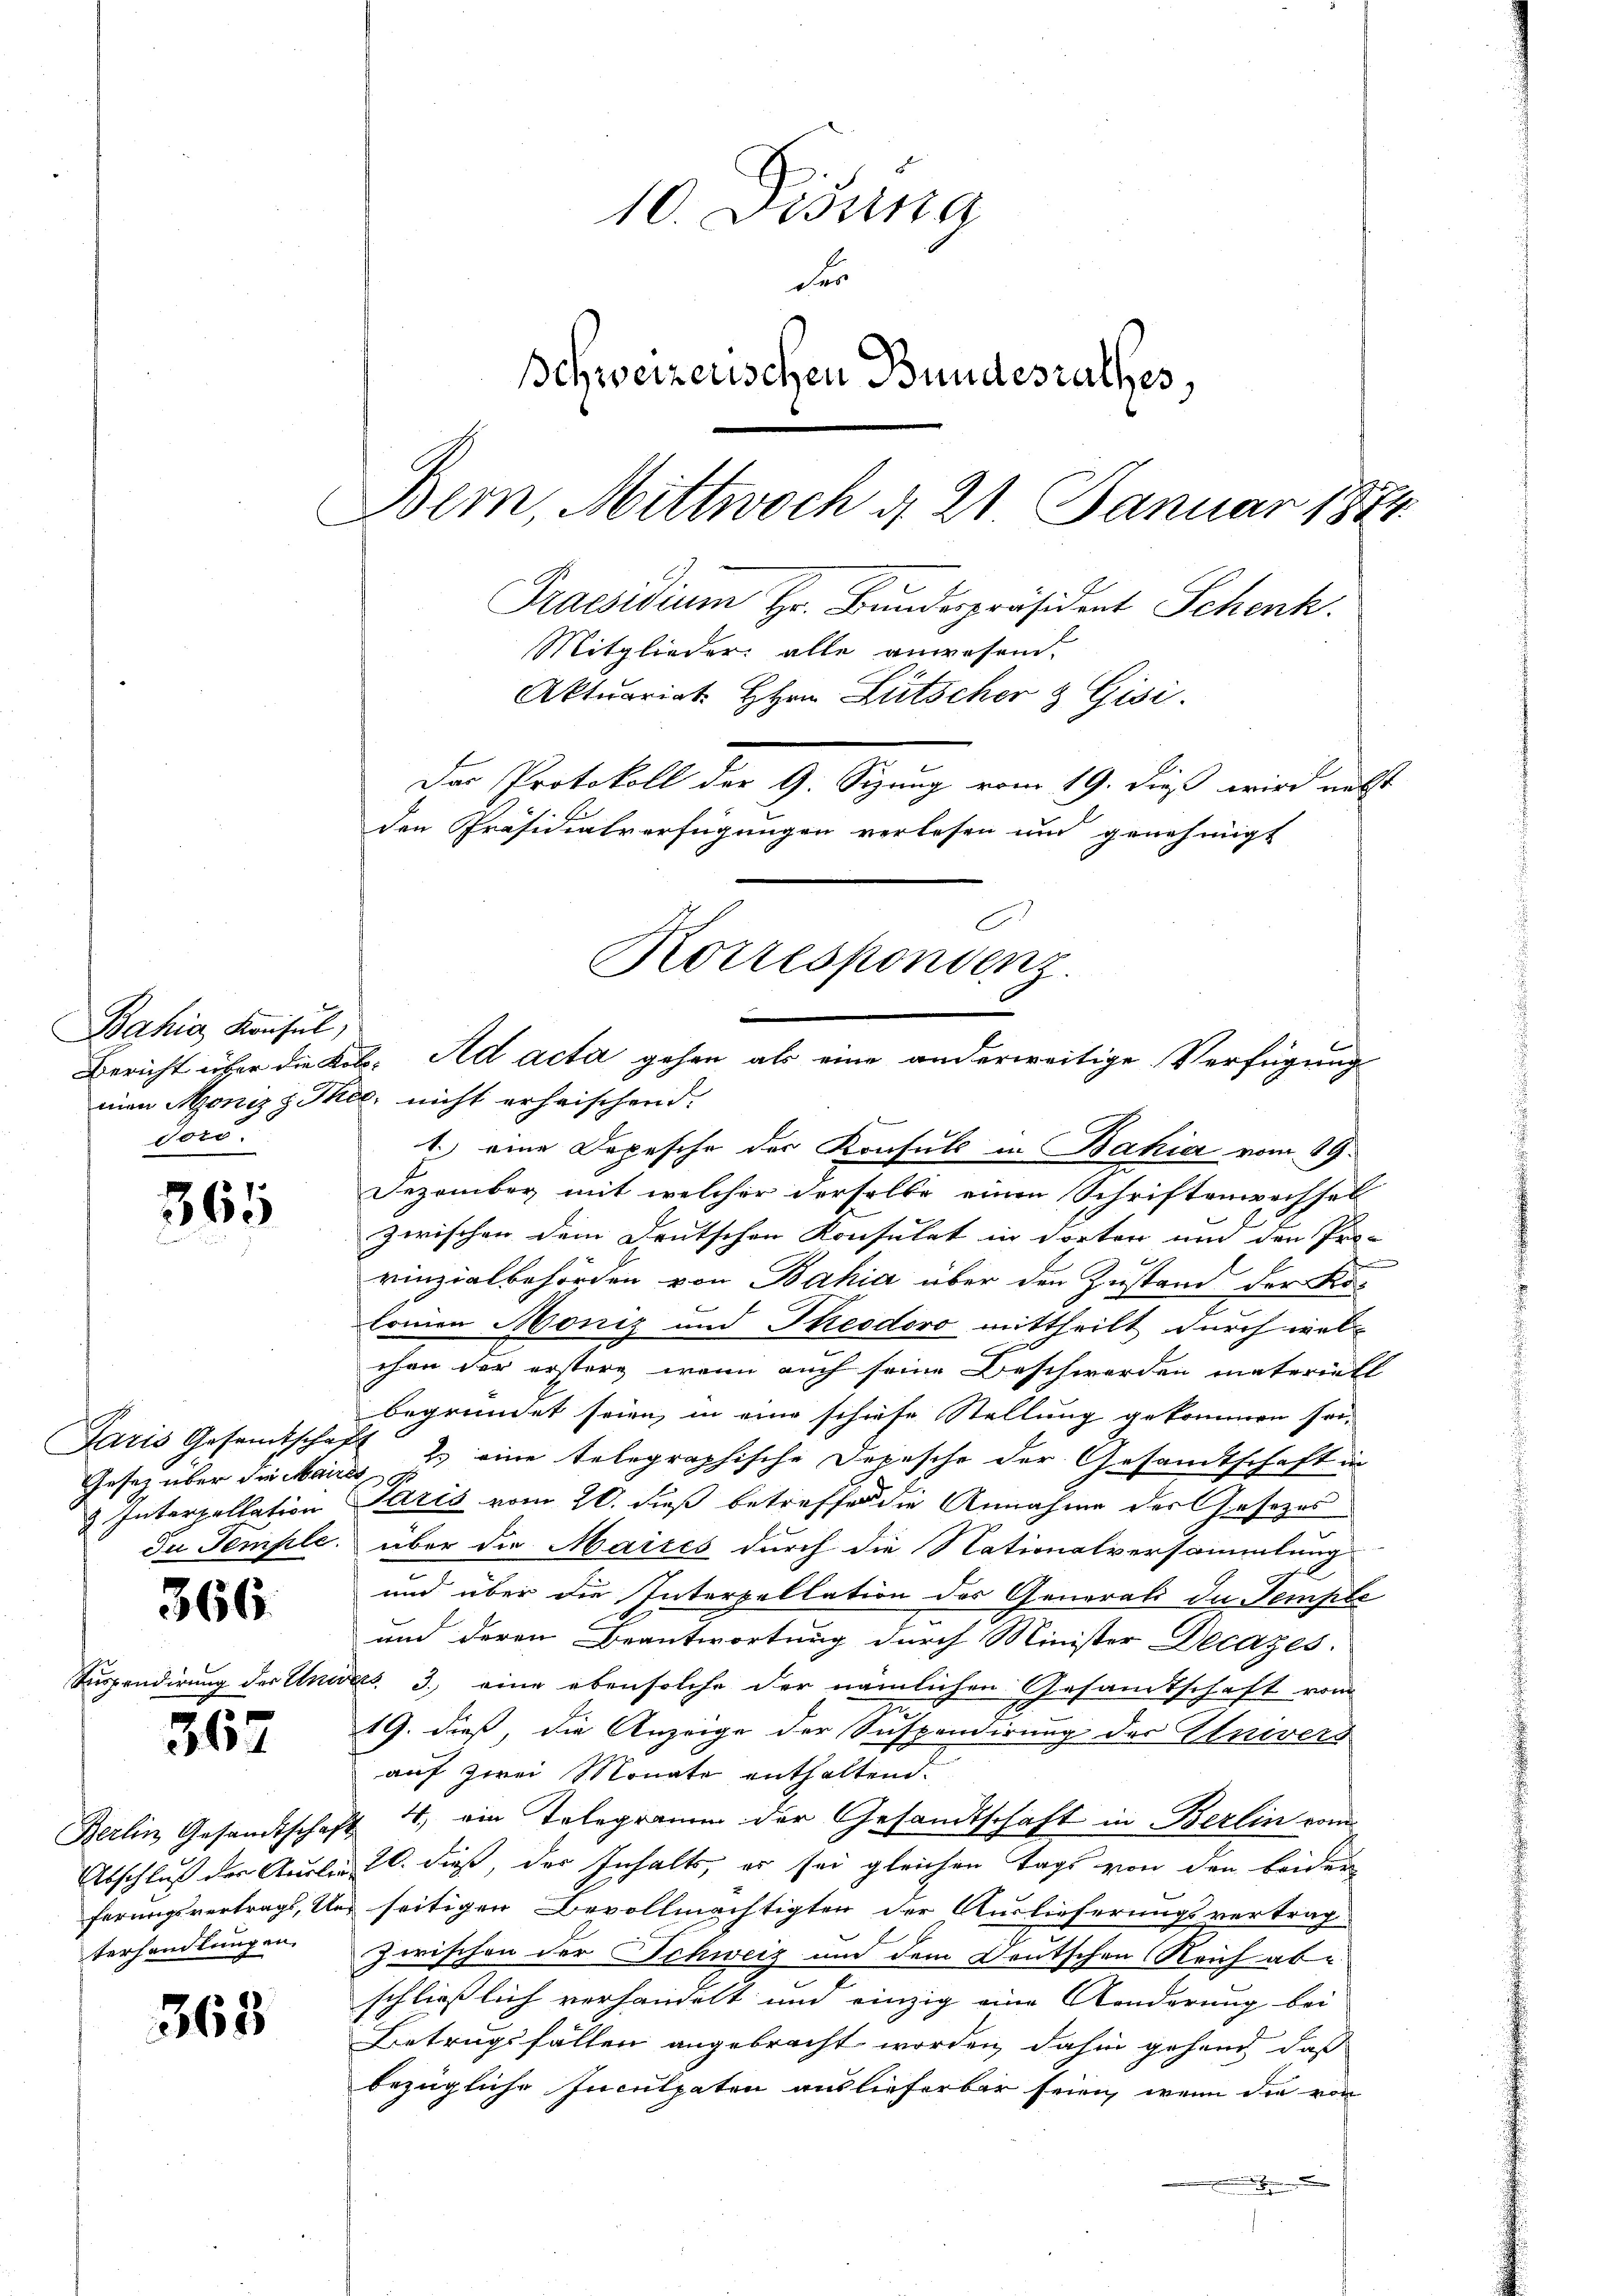
Bahia Konsul,
dors.

K

365

Gesetz über die Maires

366.

d

367

terhandlungen.

363

10. Disena
der
Schweizerischen Bundesrathes,
Bem, Mittwoch d. 21. Januar 1874

Praesidium Hr. Bundespräsident Schenk.
Mitglieder alle anwesen.
Aktuariat. Hrn. Lütscher & Gisi
Das Protokoll der G. Sizung vom 19. dieß wird nebst
den Präsidialverfügungen verlesen und genehmigt
Korrespondenz.
Bericht über die Kob. Ad acta gehen als eine anderweitige Verfügung

men Moniz z Thee, nicht erheischend.
1. eine Depesche der Konsuls in Bahia vom 19.
Dezember mit welcher derselbe einen Schriftenwechsel
zwischen dem Deutschen Konsulat in dorten und den Pro-
rinzialbehörden von Bahia über den Zustand der Kor-
Commen Monis und Theodoro mittheilt durch wel
chen der erstere, wenn auch seine Beschwerden materiell
begründet seien, in eine schiese Stellung gekommen sei,
Paris Gesamtschaft 2. eine telegraphische Depesche der Gesandtschaft in
2. Interpellation Paris vom 20. dieß betreffen die Annahme der Gesezes
Du Temple über die Maires durch die Nationalversammlung
und über die Interpellation des Generali du Temple
und deren Beantwortung durch Minister Decazes.
der Unwees 3. eine ebensolche der nämlichen Gesandtschaft vom
.
19. dieß, die Anzeige der Inspendirung der Univers
auf zwei Monate enthaltend.
Berlin Gesandtschaft 4, ein Telegramm der Gesandtschaft in Berlin vom
Abschluß der Ausliegt dieß, der Inhalts, er sei gleichen Tags von den beider
ferungsvertrags, Und seitigen Bevollmächtigten der Auslieferungsvertrag
Zwischen der Schweiz und dem Deutschen Reich ab-
schließlich verhandelt und einzig eine Aenderung bei
Betrugsfällen angebracht worden, dahin gehend daß
bezügliche Inculpaten auslieferbar seien, wenn die von
.